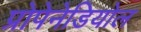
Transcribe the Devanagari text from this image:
प्रोपेनेडियोल